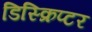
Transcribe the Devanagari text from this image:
डिस्क्रिप्टर